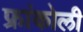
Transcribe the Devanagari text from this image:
फ्रांकोली